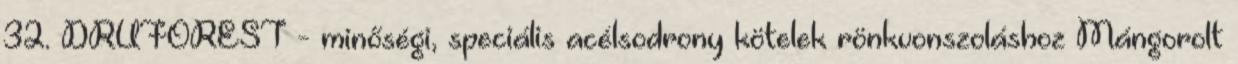
32. DRUFOREST - minőségi, speciális acélsodrony kötelek rönkvonszoláshoz Mángorolt